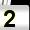
Digit: 2